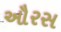
ઔરસ